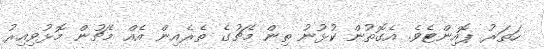
ހަތަރު ޕޮއިންޓެވެ. އެގޮތުން ކުޅުނު ތިން މެޗުގެ ތެރެއިން އެއް މެޗުން މޮޅުވިއިރު